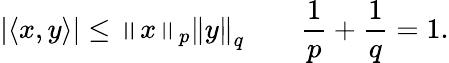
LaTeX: \left|\langle x,y\rangle\right|\leq\left\| x\right\| _{p}\left\| y\right\| _{q}\qquad{\frac{1}{p}}+{\frac{1}{q}}=1.